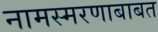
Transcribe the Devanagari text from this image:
नामस्मरणाबाबत